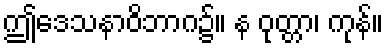
ဤဒေသနာဝိဘာဂ၌။ န ဝုတ္တာ၊ ကုန်။